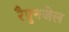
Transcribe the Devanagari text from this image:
रैपुनजेल